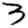
Digit: 3